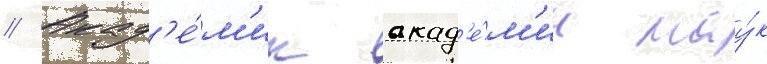
// Акад'е́м'ик акад'е́м'ии нау́к